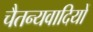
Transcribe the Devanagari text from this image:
चैतन्यवादियों